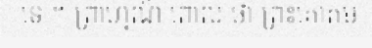
ទេ ។ ព្រាហ្មណ៍ ពោល ថា ព្រះគោតម